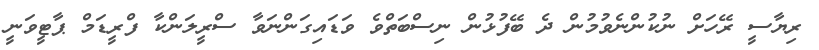
ރިޔާސީ ރޭހަށް ނުކުންނެވުމުން ދެ ބޭފުޅުން ނިސްބަތްވެ ވަޑައިގަންނަވާ ސްރީލަންކާ ފްރީޑަމް ޕާޓީވަނީ